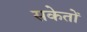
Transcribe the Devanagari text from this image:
सकेतों